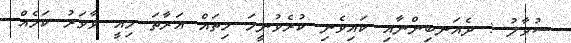
ސުވާލު : ދެއަނބިންނާއި ކައިވެނި ކުރެވުނީމަ ހިތައް އަރާތަ މިއީ ވާވަރު ކަމެއް